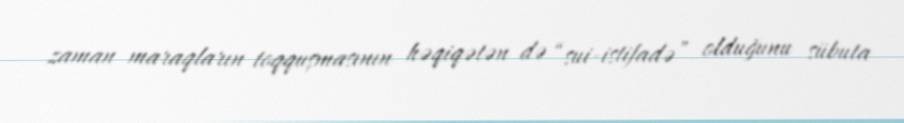
zaman maraqların toqquşmasının həqiqətən də “sui-istifadə” olduğunu sübuta